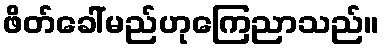
ဖိတ်ခေါ်မည်ဟုကြေညာသည်။